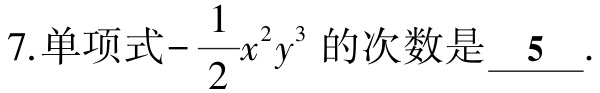
7.单项式\(-\dfrac{1}{2}x^{2}y^{3}\)的次数是 \_\_5\_\_.